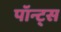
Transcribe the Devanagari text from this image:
पॉन्ट्स